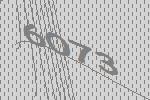
6073